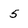
Character: 5